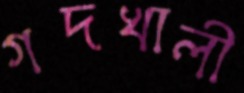
গদখালী